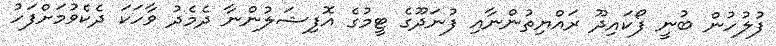
ފުލުހުން ބުނީ ފޯކައިދޫ ރައްޔިތުންނާއި ފުނަދޫގެ ޓީމުގެ އޮފިޝަލުންނާ ދެމެދު ވާހަކަ ދެކެވުމަށްފަހު